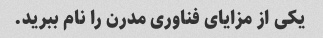
یکی از مزایای فناوری مدرن را نام ببرید.